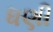
ધણી